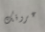
عروقك